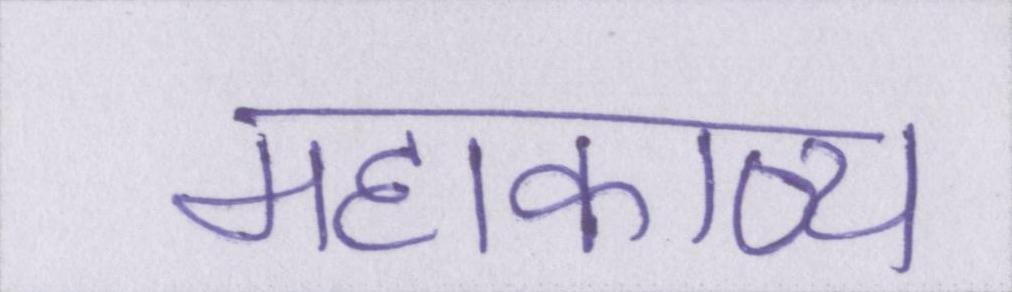
महाकाव्य